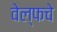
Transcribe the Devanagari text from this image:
वेल्फचे